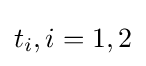
t_{i},i=1,2